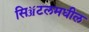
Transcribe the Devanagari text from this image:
सिॲटलमधील